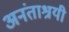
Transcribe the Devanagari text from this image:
अनंताश्रयी